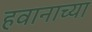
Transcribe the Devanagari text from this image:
हवानाच्या